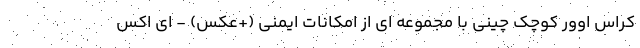
کراس اوور کوچک چینی با مجموعه ای از امکانات ایمنی (+عکس) - ای اکس